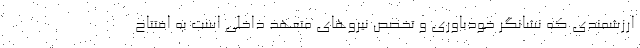
ارزشمندی که نشانگر خودباوری و تخصص نیروهای متعهد داخلی است به افتتاح